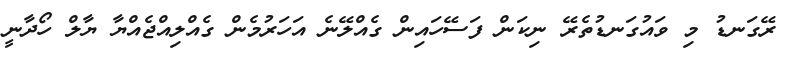
ރޭގަނޑު މި ވައުގަނޑުތެރޭ ނިކަން ފަސޭހައިން ގެއްލޭނެ އަހަރުމެން ގެއްލިއްޖެއްޔާ ޔާލް ހޯދާނީ